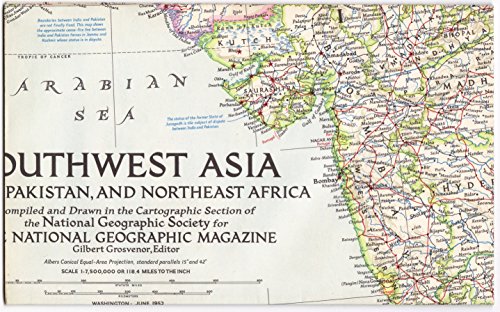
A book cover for National Geographic: Southwest Asia, India, Pakistan, and Northeast Africa, Large Folding Wall Map; Gilbert (Cartographer) Grosvenor; Travel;